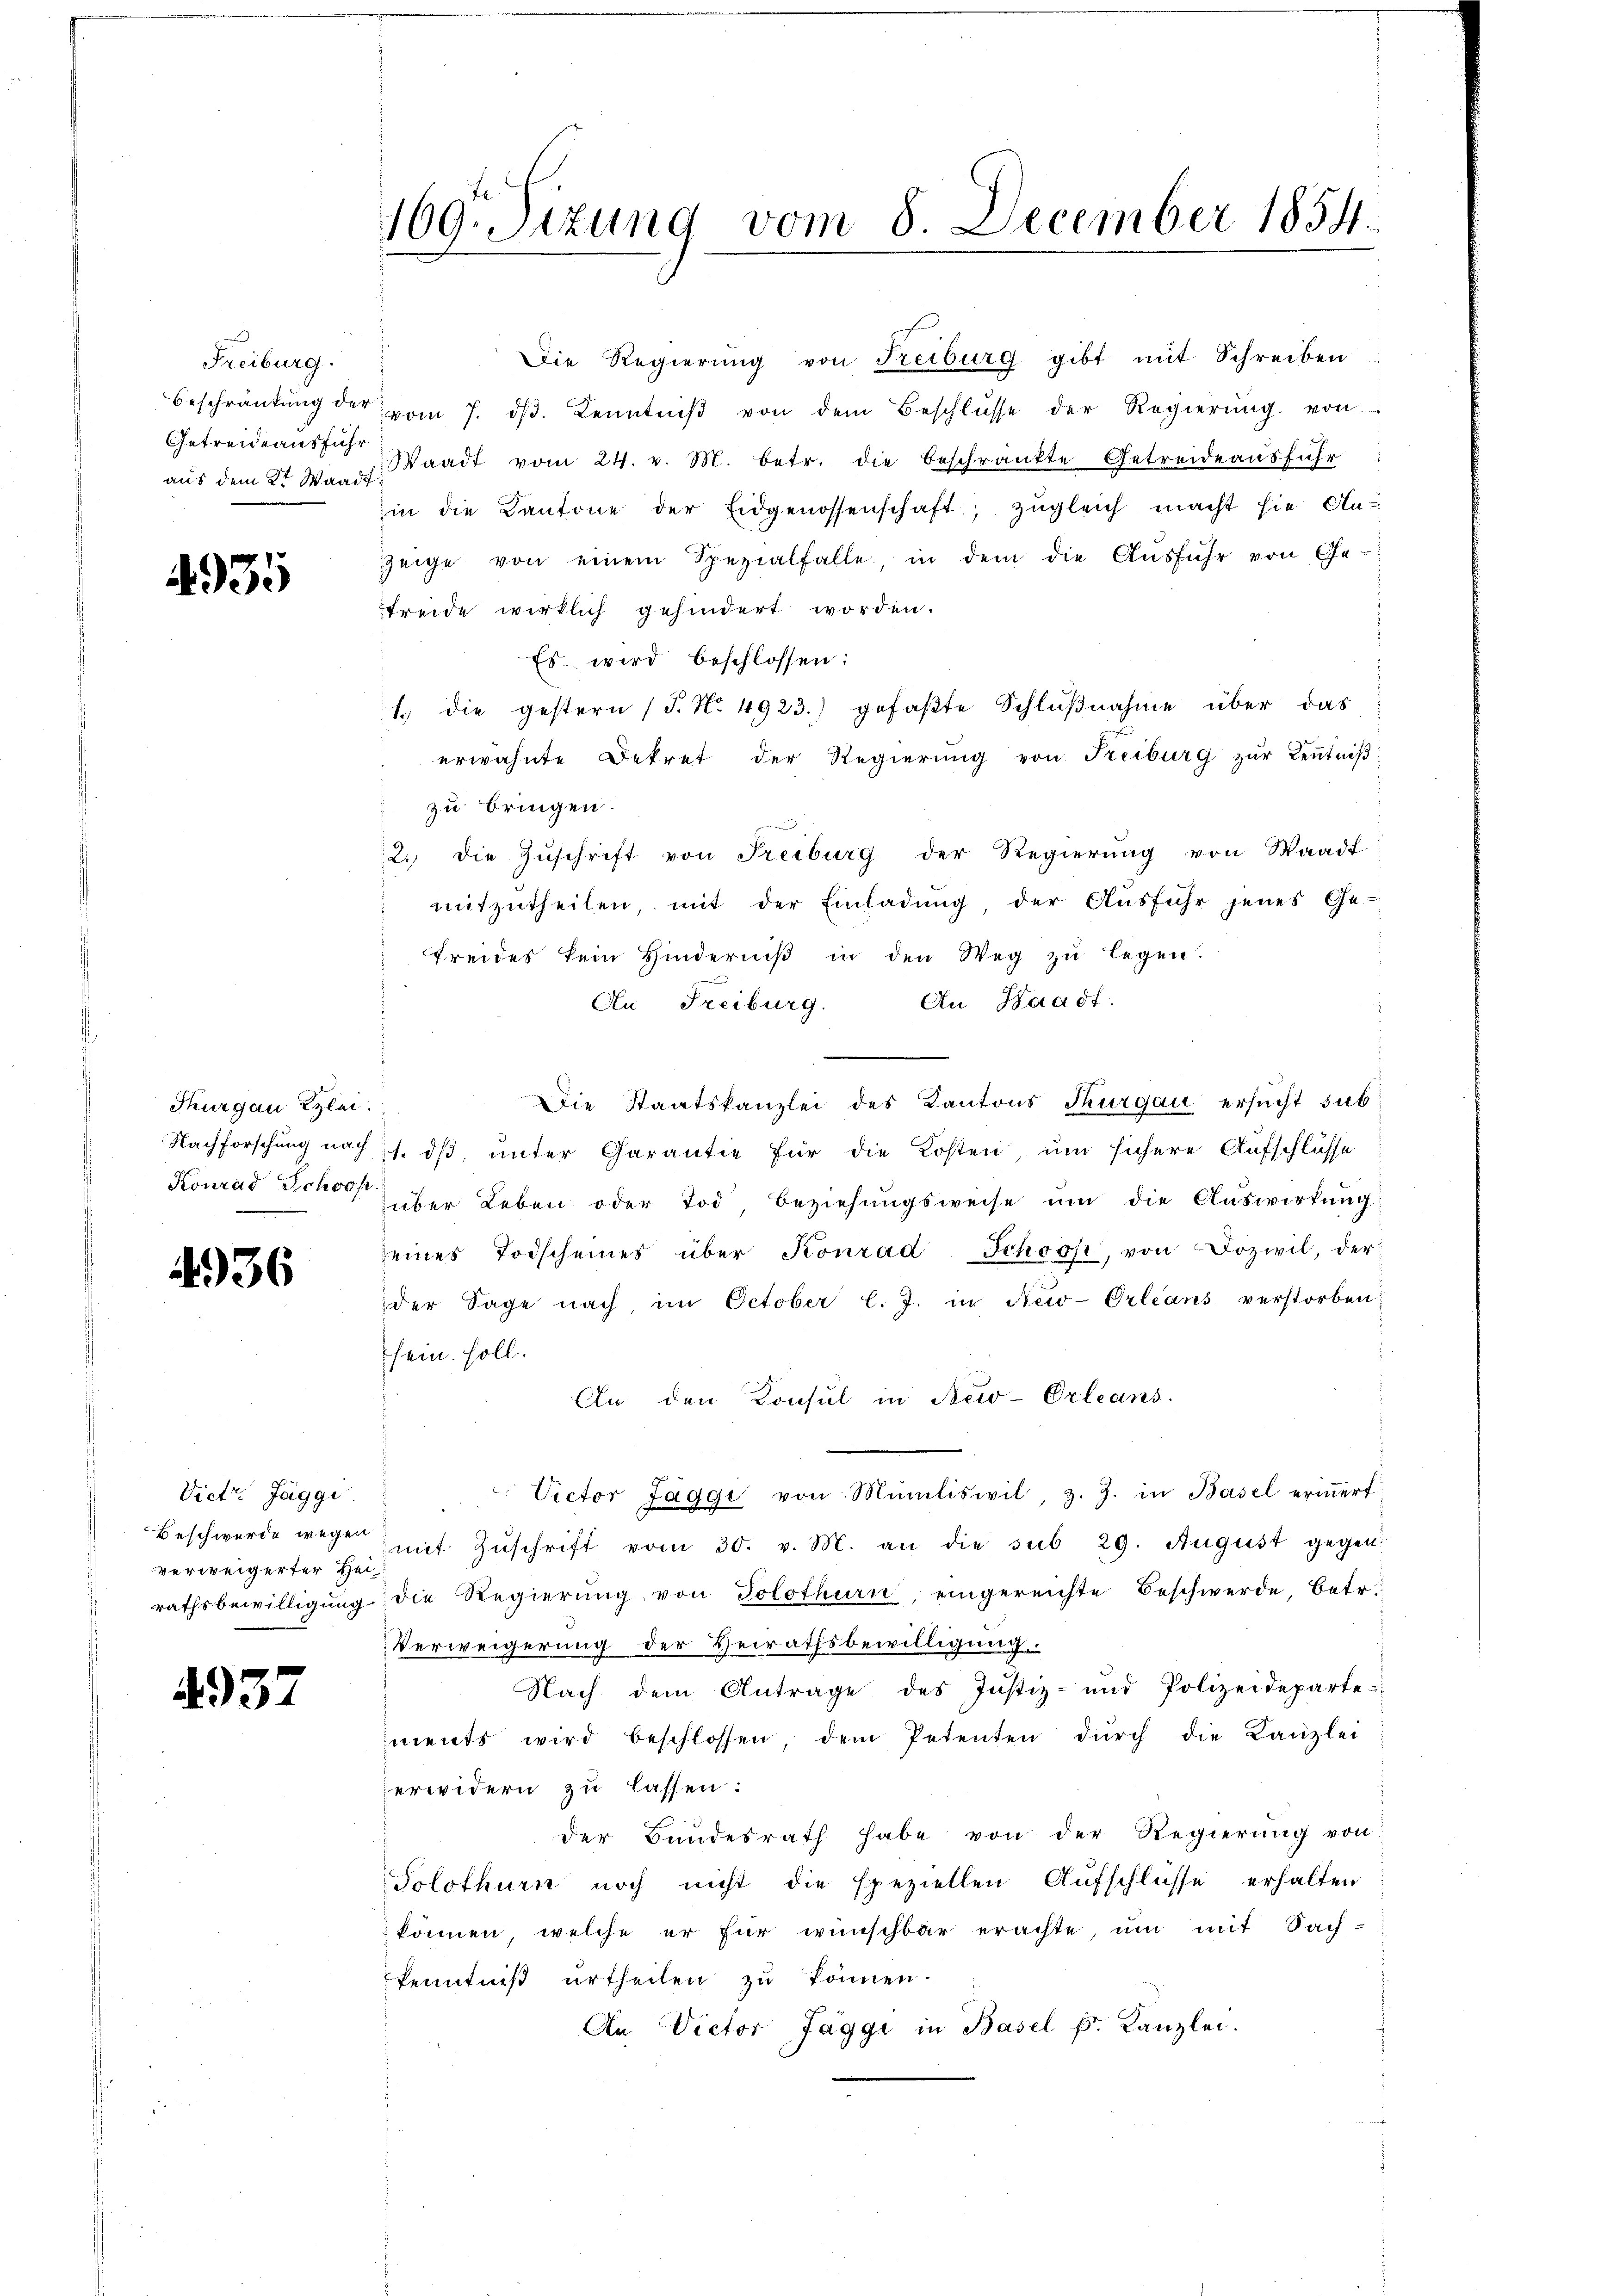
Freiburg.
Getreide ausführ

4935

Thurgau Kzlei.

4936

Vietr Jäggi.
Beschwerde wegen
verweigerter Hei¬

4937

169. Sizung vom 8. December 1854.

Die Regierŭng von Freiburg gibt mit Schreiben:
Beschränkung der vom 7. dβ. Kenntniβ von dem Beschlŭsse der Regierŭng von
aŭs dem 2t Mar. Waadt vom 24. v. M. betr. die beschränkte Getreide ausführ
in die Kantone der Eidgenossenschaft, zugleich macht sie Anzeige von einem Spezialfalle, in dem die Aŭsführ von Ge-
treide wirklich gehindert worden.
Es wird beschlossen:
1. die gestern (S. Nr. 4923.) gefaβte Schlŭβnahme über das
erwähnte Dekret der Regierŭng von Freiburg zŭr Keṅtniβ
zu bringen.
2. die Zŭschrift von Freiburg der Regierŭng von Waadt
mitzŭtheilen, mit der Einladŭng, der Aŭsführ jenes Ge-
freides kein Hinderniß in den Weg zu legen.
An Freiburg. An Waadt.
Die Staatskanzlei des Kantons Thurgau ersucht sub
Nachforschung nach 1. dß, unter Garantie für die Kosten, um sichere Aufschlüsse
Konrad Schon über Leben oder Tod, Beziehungsweise um die Auswirkung
seines Todscheines über Konrad Schoos, von Dozwil, der
der Sage nach im October l. J. in New-Orleans verstorben:
sein soll.
An den Konsul in New-Orleans
Victor Jaggi von Miniliswil, z. Z. in Basel eriṅert
mit Zŭschrift vom 30. v. M. an die sub 29. August gegen
rathsbewilligŭng die Regierŭng von Solothurn, eingereichte Beschwerde betr.
Verweigerung der Heirathsbewilligung
Nach dem Antrage des Justiz- und Polizeideparte
ments wird beschlossen, dem Petenten dŭrch die Kanzlei
erwidern zu lassen:
der Bundesrath habe von der Regierung von
Solothurn noch nicht die speziellen Aufschlüsse erhalten
können, welche er für wünschbar erachte um mit Sach-
kenntniß urtheilen zu können.
An Victor Jaggi in Basel f. Kanzlei.